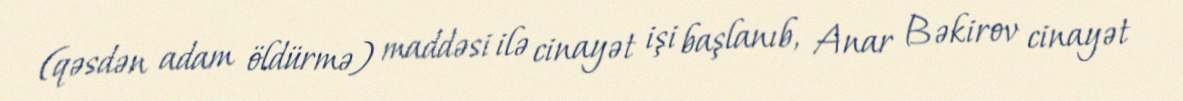
(qəsdən adam öldürmə) maddəsi ilə cinayət işi başlanıb, Anar Bəkirov cinayət